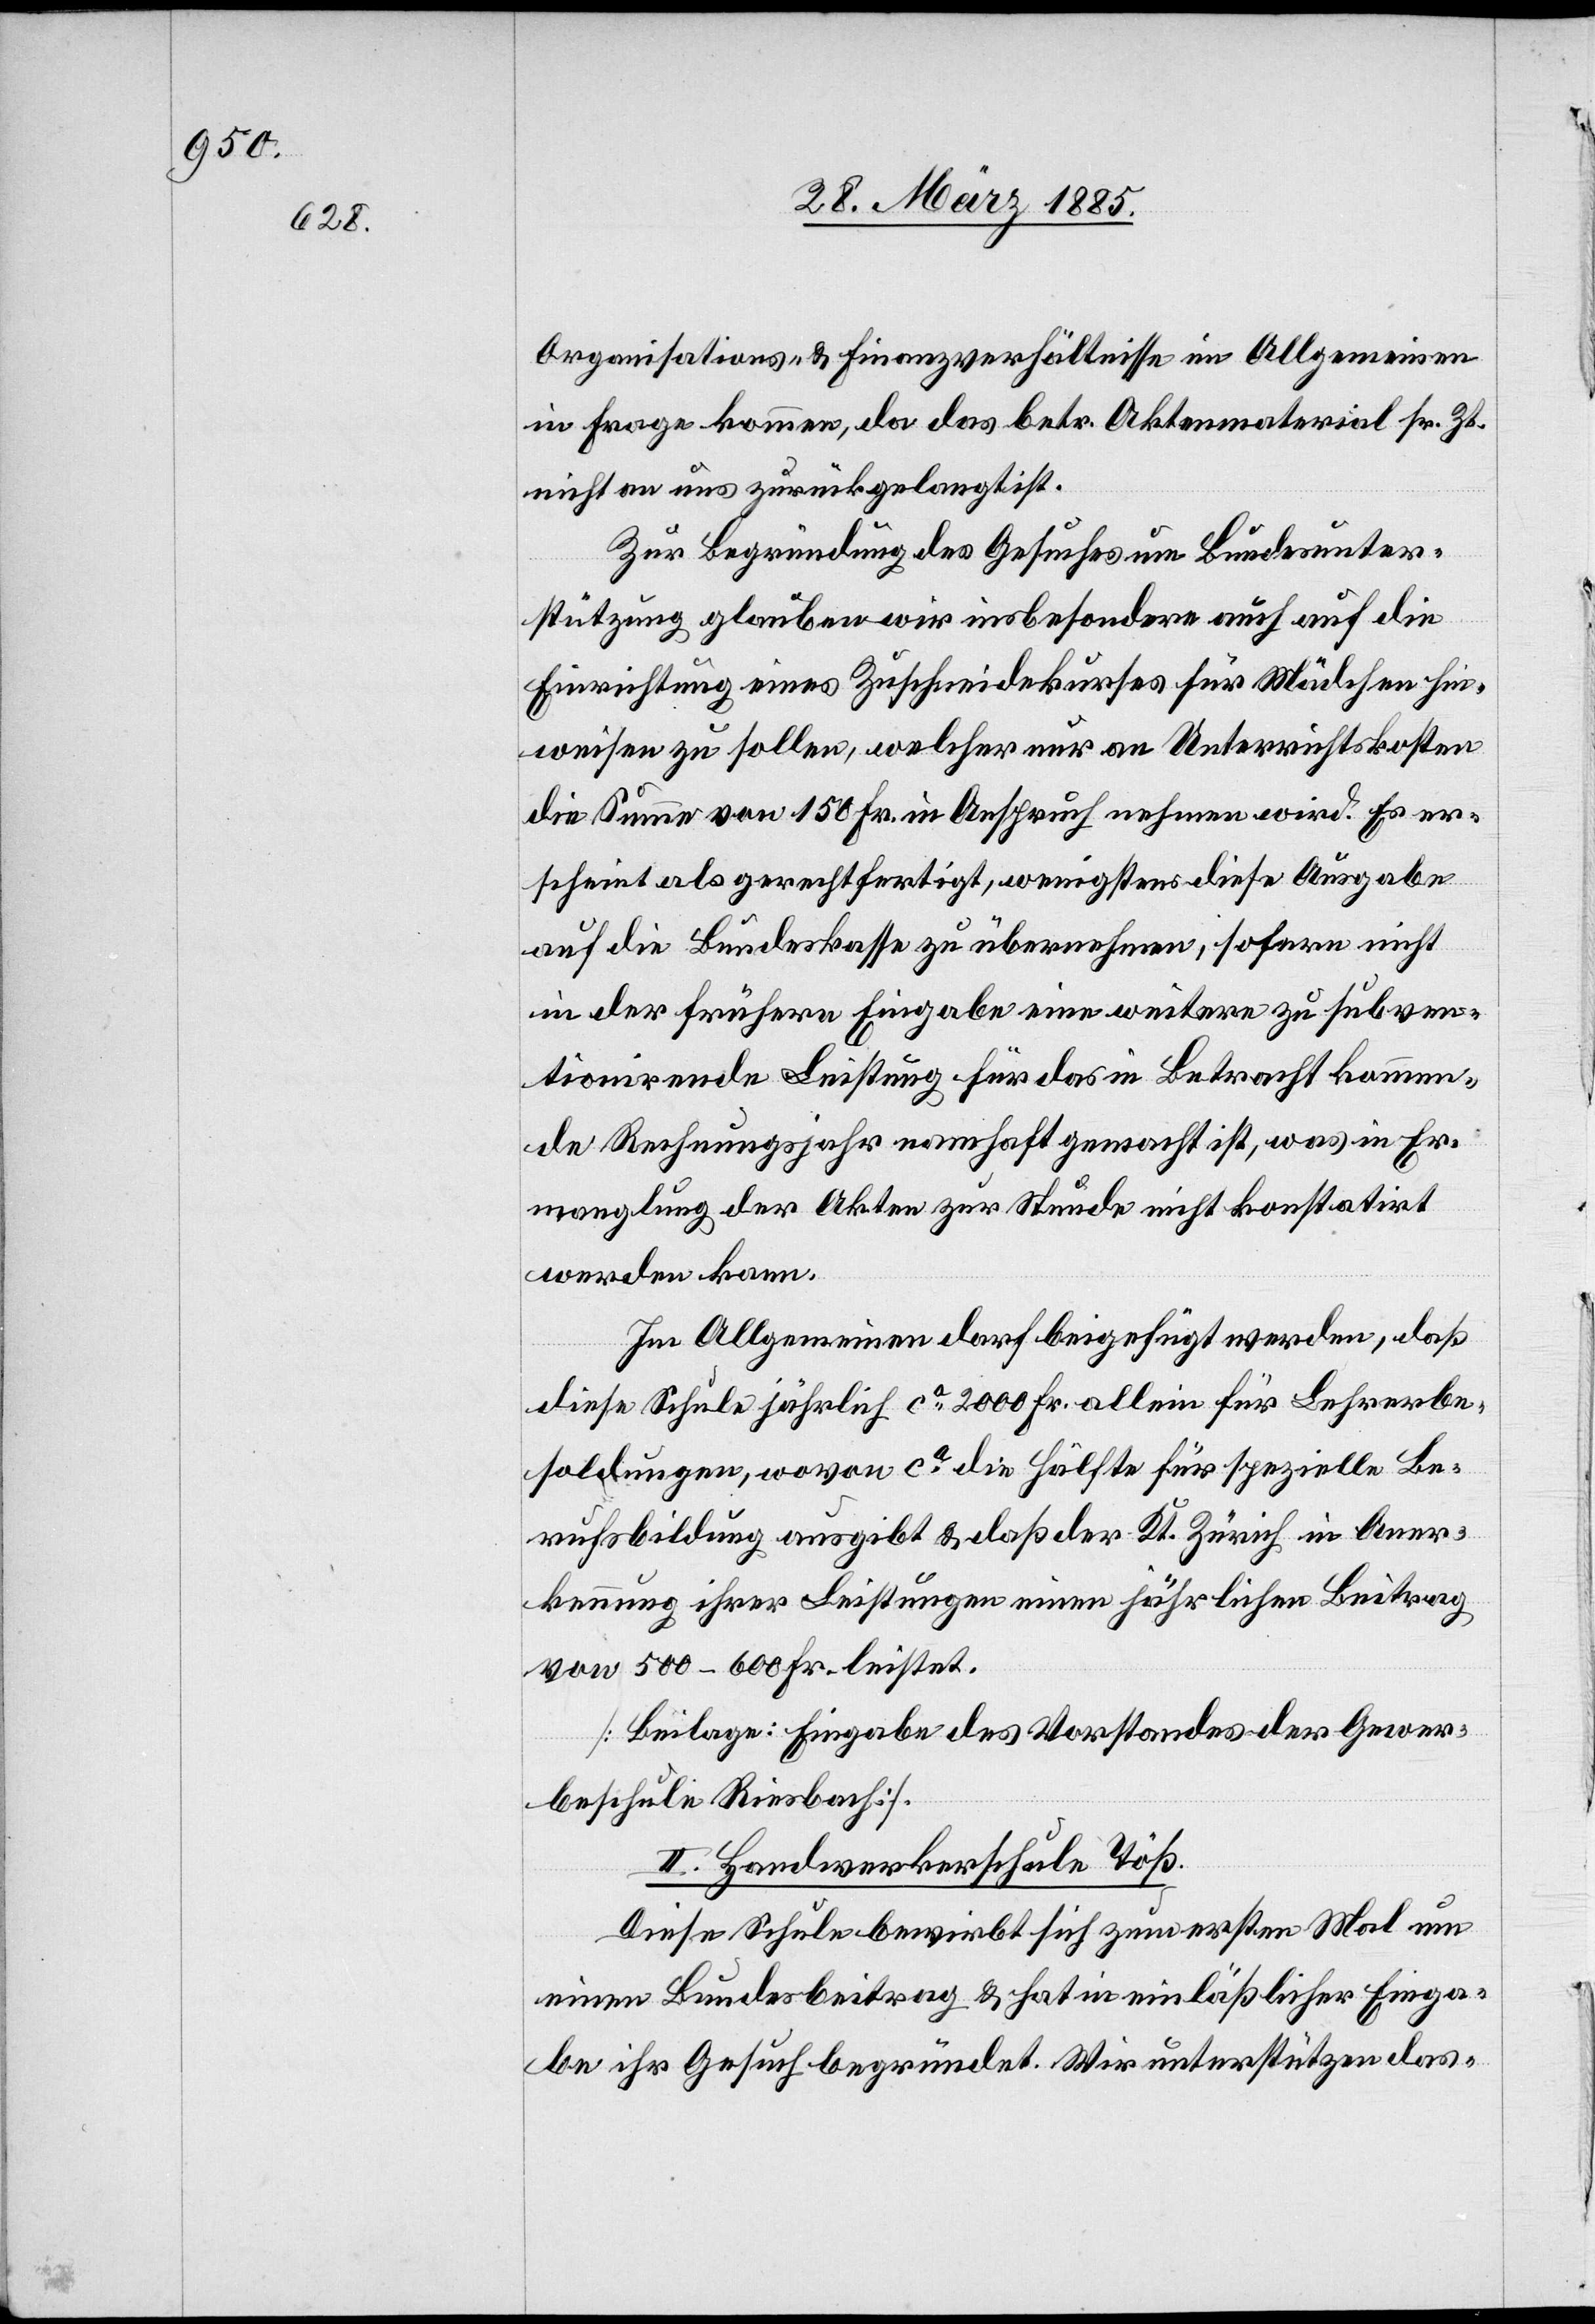
Organisations- & Finanzverhältnisse im Allgemeinen
in Frage kommen, da das betr. Aktenmaterial sr. Zt.
nicht an uns zurückgelangt ist.
Zur Begründung des Gesuches um Betriebsunter¬
stützung glauben wir insbesondere auch auf die
Einrichtung eines Zuschneidekurses für Mädchen hin¬
weisen zu sollen, welcher nur an Unterrichtskosten
die Summe von 150 Fr. in Anspruch nehmen wird. Es er¬
scheint als gerechtfertigt, wenigstens diese Ausgabe
auf die Bundeskasse zu übernehmen, sofern nicht
in der frühern Eingabe eine weitere zu subven¬
tionirende Leistung für das in Betracht kommen¬
de Rechnungsjahr namhaft gemacht ist, was in Er¬
mangelung der Akten zur Stunde nicht konstatirt
werden kann.
Im Allgemeinen darf beigefügt werden, daß
diese Schule jährlich ca 2000 Fr. allein für Lehrerbe¬
soldungen, wovon ca die Hälfte für spezielle Be¬
rufsbildung ausgibt & daß der Kt. Zürich in Aner¬
kennung ihrer Leistungen einen jährlichen Beitrag
von 500–600 Fr. leistet.
[Beilage: Eingabe des Vorstandes der Gewer¬
beschule Riesbach].
II. Handwerkerschule Töß.
Diese Schule bewirbt sich zum ersten Mal um
einem Bundesbeitrag & hat in einläßlicher Einga¬
be ihr Gesuch begründet. Wir unterstützen das-